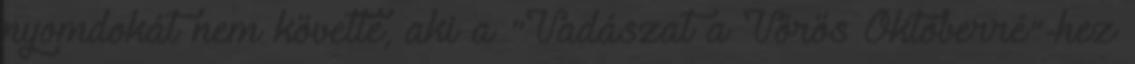
nyomdokát nem követte, aki a "Vadászat a Vörös Októberré"-hez